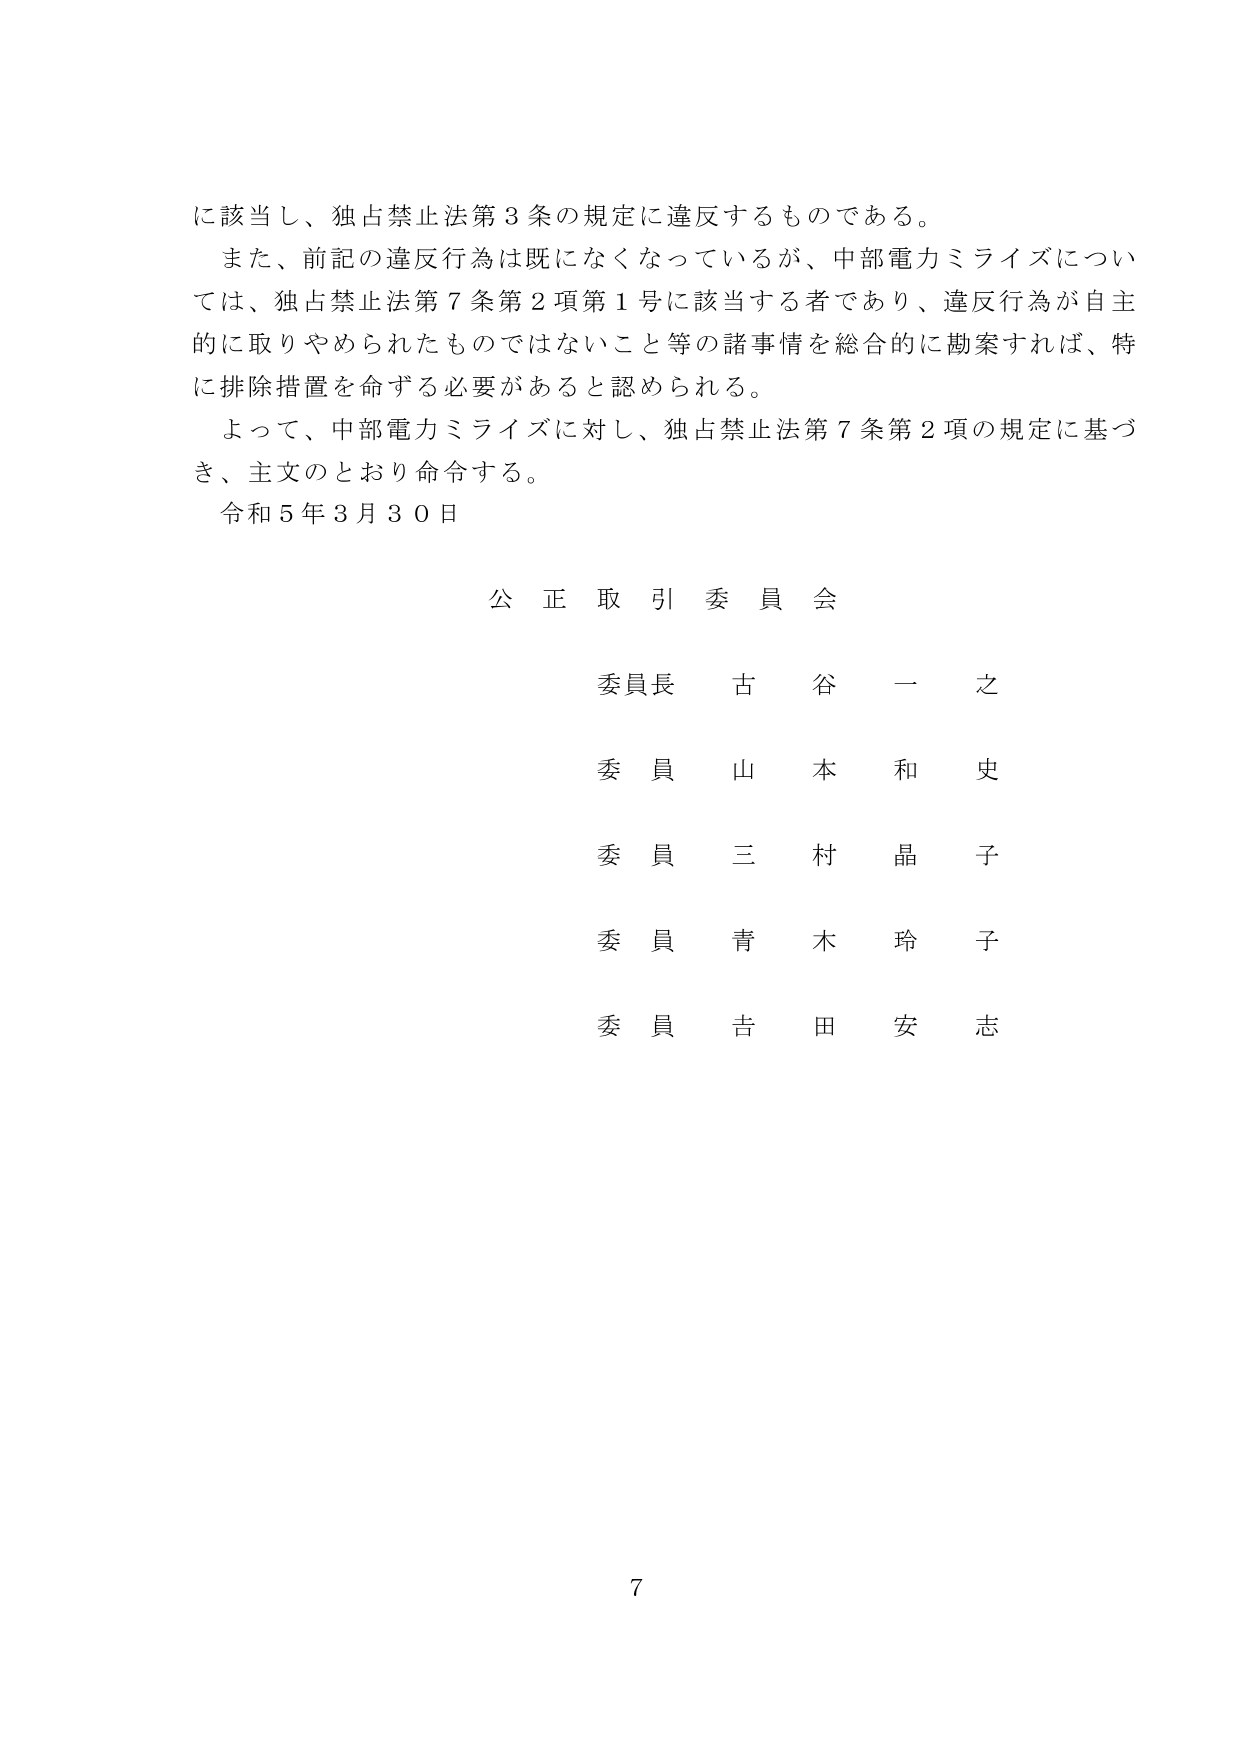
に該当し、独占禁止法第3条の規定に違反するものである。
また、前記の違反行為は既になくなっているが、中部電力ミライズについては、独占禁止法第7条第2項第1号に該当する者であり、違反行為が自主的に取りやめられたものではないこと等の諸事情を総合的に勘案すれば、特に排除措置を命ずる必要があると認められる。
よって、中部電力ミライズに対し、独占禁止法第7条第2項の規定に基づき、主文のとおり命令する。
令和5年3月30日

公正取引委員会

委員長 古谷一之
委員 山本和史
委員 三村晶子
委員 青木玲子
委員 吉田安志

7